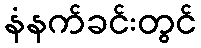
နံနက်ခင်းတွင်